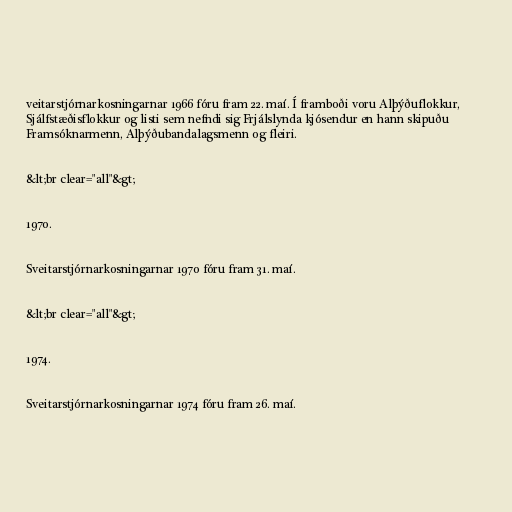
veitarstjórnarkosningarnar 1966 fóru fram 22. maí. Í framboði voru Alþýðuflokkur,
Sjálfstæðisflokkur og listi sem nefndi sig Frjálslynda kjósendur en hann skipuðu
Framsóknarmenn, Alþýðubandalagsmenn og fleiri.

&lt;br clear="all"&gt;

1970.

Sveitarstjórnarkosningarnar 1970 fóru fram 31. maí.

&lt;br clear="all"&gt;

1974.

Sveitarstjórnarkosningarnar 1974 fóru fram 26. maí.